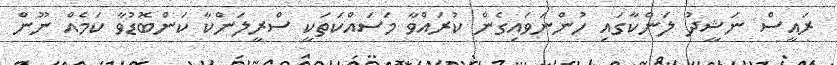
ރައީސް ނަޝީދު ލަންކާގައި ހުންނަވައިގެން ކުރައްވާ މަސައްކަތަކީ ސްރީލަންކާ ކަންބޮޑުވާ ކަމެއް ނޫން